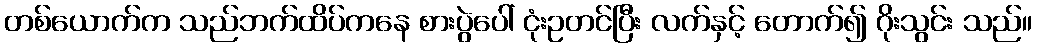
တစ်ယောက်က သည်ဘက်ထိပ်ကနေ စားပွဲပေါ် ငုံးဥတင်ပြီး လက်နှင့် တောက်၍ ဂိုးသွင်း သည်။